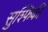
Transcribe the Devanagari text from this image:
सुश्फिकी